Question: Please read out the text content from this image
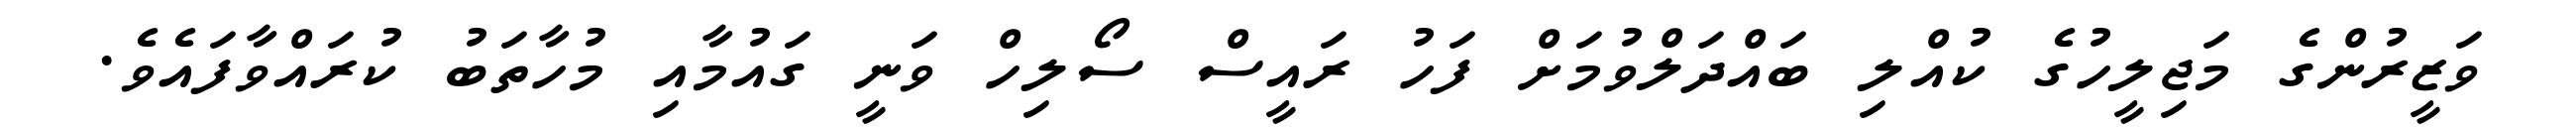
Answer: ވަޒީރުންގެ މަޖިލީހުގެ ކުއްލި ބައްދަލްވުމަށް ފަހު ރައީސް ސޯލިހް ވަނީ ގައުމާއި މުހާތަބު ކުރައްވާފައެވެ.